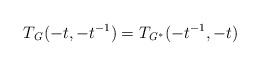
\begin{align*}T_{\mathit{G}}(-t,-t^{-1})=T_{\mathit{G}^{\ast }}(-t^{-1},-t) \end{align*}